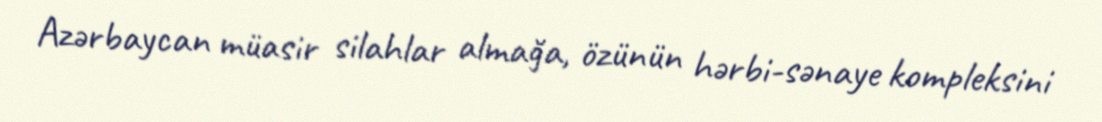
Azərbaycan müasir silahlar almağa, özünün hərbi-sənaye kompleksini